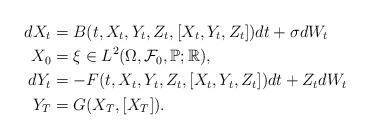
LaTeX: \begin{align*} dX_t &= B(t,X_t,Y_t,Z_t,[X_t,Y_t,Z_t])dt + \sigma dW_t \\ X_0&=\xi \in L^2(\Omega,\mathcal{F}_0,\mathbb{P};\mathbb{R}), \\ dY_t &= -F(t,X_t,Y_t,Z_t,[X_t,Y_t,Z_t])dt + Z_t dW_t \\ Y_T &= G(X_T,[X_T]). \\ \end{align*}